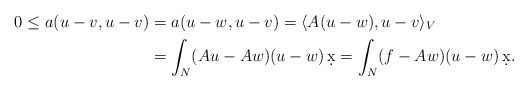
\begin{align*}0 \leq a(u-v,u-v)&=a(u-w, u-v)=\langle A(u-w),u-v\rangle_V \\&=\int_N (Au-Aw)(u-w)\,\d x=\int_N (f-Aw)(u-w)\,\d x.\end{align*}